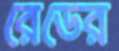
রেডের